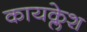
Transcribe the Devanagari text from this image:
कायक्लेश